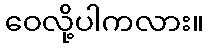
ဝေလို့ပါကလား။